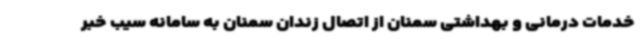
خدمات درمانی و بهداشتی سمنان از اتصال زندان سمنان به سامانه سیب خبر